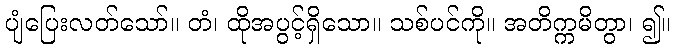
ပျံပြေးလတ်သော်။ တံ၊ ထိုအပွင့်ရှိသော။ သစ်ပင်ကို။ အတိက္ကမိတွာ၊ ၍။